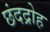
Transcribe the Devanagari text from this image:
छंदद्रोह